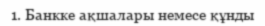
1. Банкке ақшалары немесе құнды